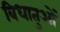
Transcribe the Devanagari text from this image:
विधातुओं